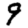
Digit: 9